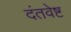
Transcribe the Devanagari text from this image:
दंतवेष्ट